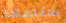
سنصعد